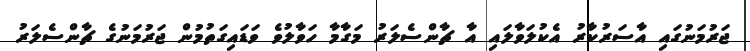
ޖަރުމަނުގައި އާސަރުކާރު އެކުލަވާލައި އާ ޗާންސެލަރު މަގާމާ ހަވާލުވެ ވަޑައިގަތުމުން ޖަރުމަނުގެ ޗާންސެލަރު